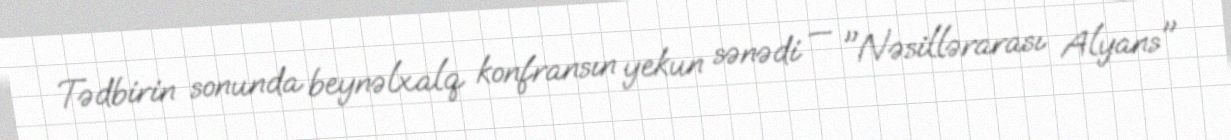
Tədbirin sonunda beynəlxalq konfransın yekun sənədi — "Nəsillərarası Alyans"